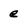
Character: e